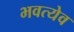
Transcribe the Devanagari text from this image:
भवत्येव